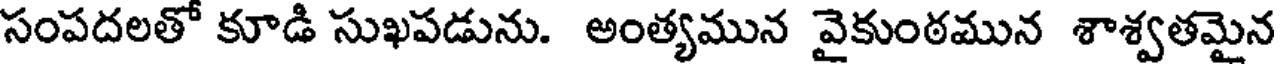
సంపదలతో కూడి సుఖపడును. అంత్యమున వైకుంఠమున శాశ్వతమైన